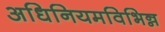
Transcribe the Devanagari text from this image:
अधिनियमविभिन्न